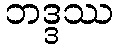
ဘဒ္ဒဿ